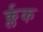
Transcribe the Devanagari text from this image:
र्क्लक